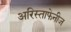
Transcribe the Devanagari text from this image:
अरिस्ताफेनीज